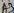
Text: A3